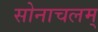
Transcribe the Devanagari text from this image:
सोनाचलम्